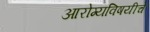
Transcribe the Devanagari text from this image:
आरोग्यविषयीचे